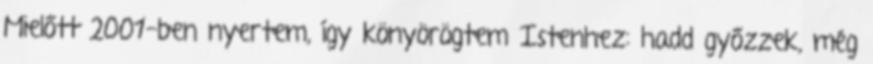
Mielőtt 2001-ben nyertem, így könyörögtem Istenhez: hadd győzzek, még